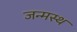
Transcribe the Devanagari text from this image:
जन्मस्थ